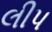
લીપ